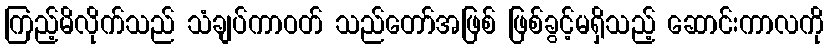
ကြည့်မိလိုက်သည် သံချပ်ကာဝတ် သည်တော်အဖြစ် ဖြစ်ခွင့်မရှိသည့် ဆောင်းကာလကို